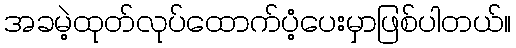
အခမဲ့ထုတ်လုပ်ထောက်ပံ့ပေးမှာဖြစ်ပါတယ်။